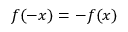
f ( - x ) = - f ( x )